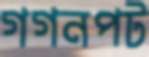
গগনপট